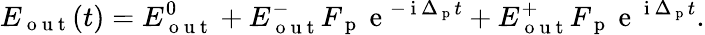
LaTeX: E_{\mathrm{~o~u~t~}}(t)=E_{\mathrm{~o~u~t~}}^{0}+E_{\mathrm{~o~u~t~}}^{-}F_{\mathrm{~p~}}\mathrm{~e~}^{-\mathrm{~i~}\Delta_{\mathrm{~p~}}t}+E_{\mathrm{~o~u~t~}}^{+}F_{\mathrm{~p~}}\mathrm{~e~}^{\mathrm{~i~}\Delta_{\mathrm{~p~}}t}.